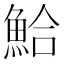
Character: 鮯